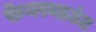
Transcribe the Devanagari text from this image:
फ़ेयरमाउंट